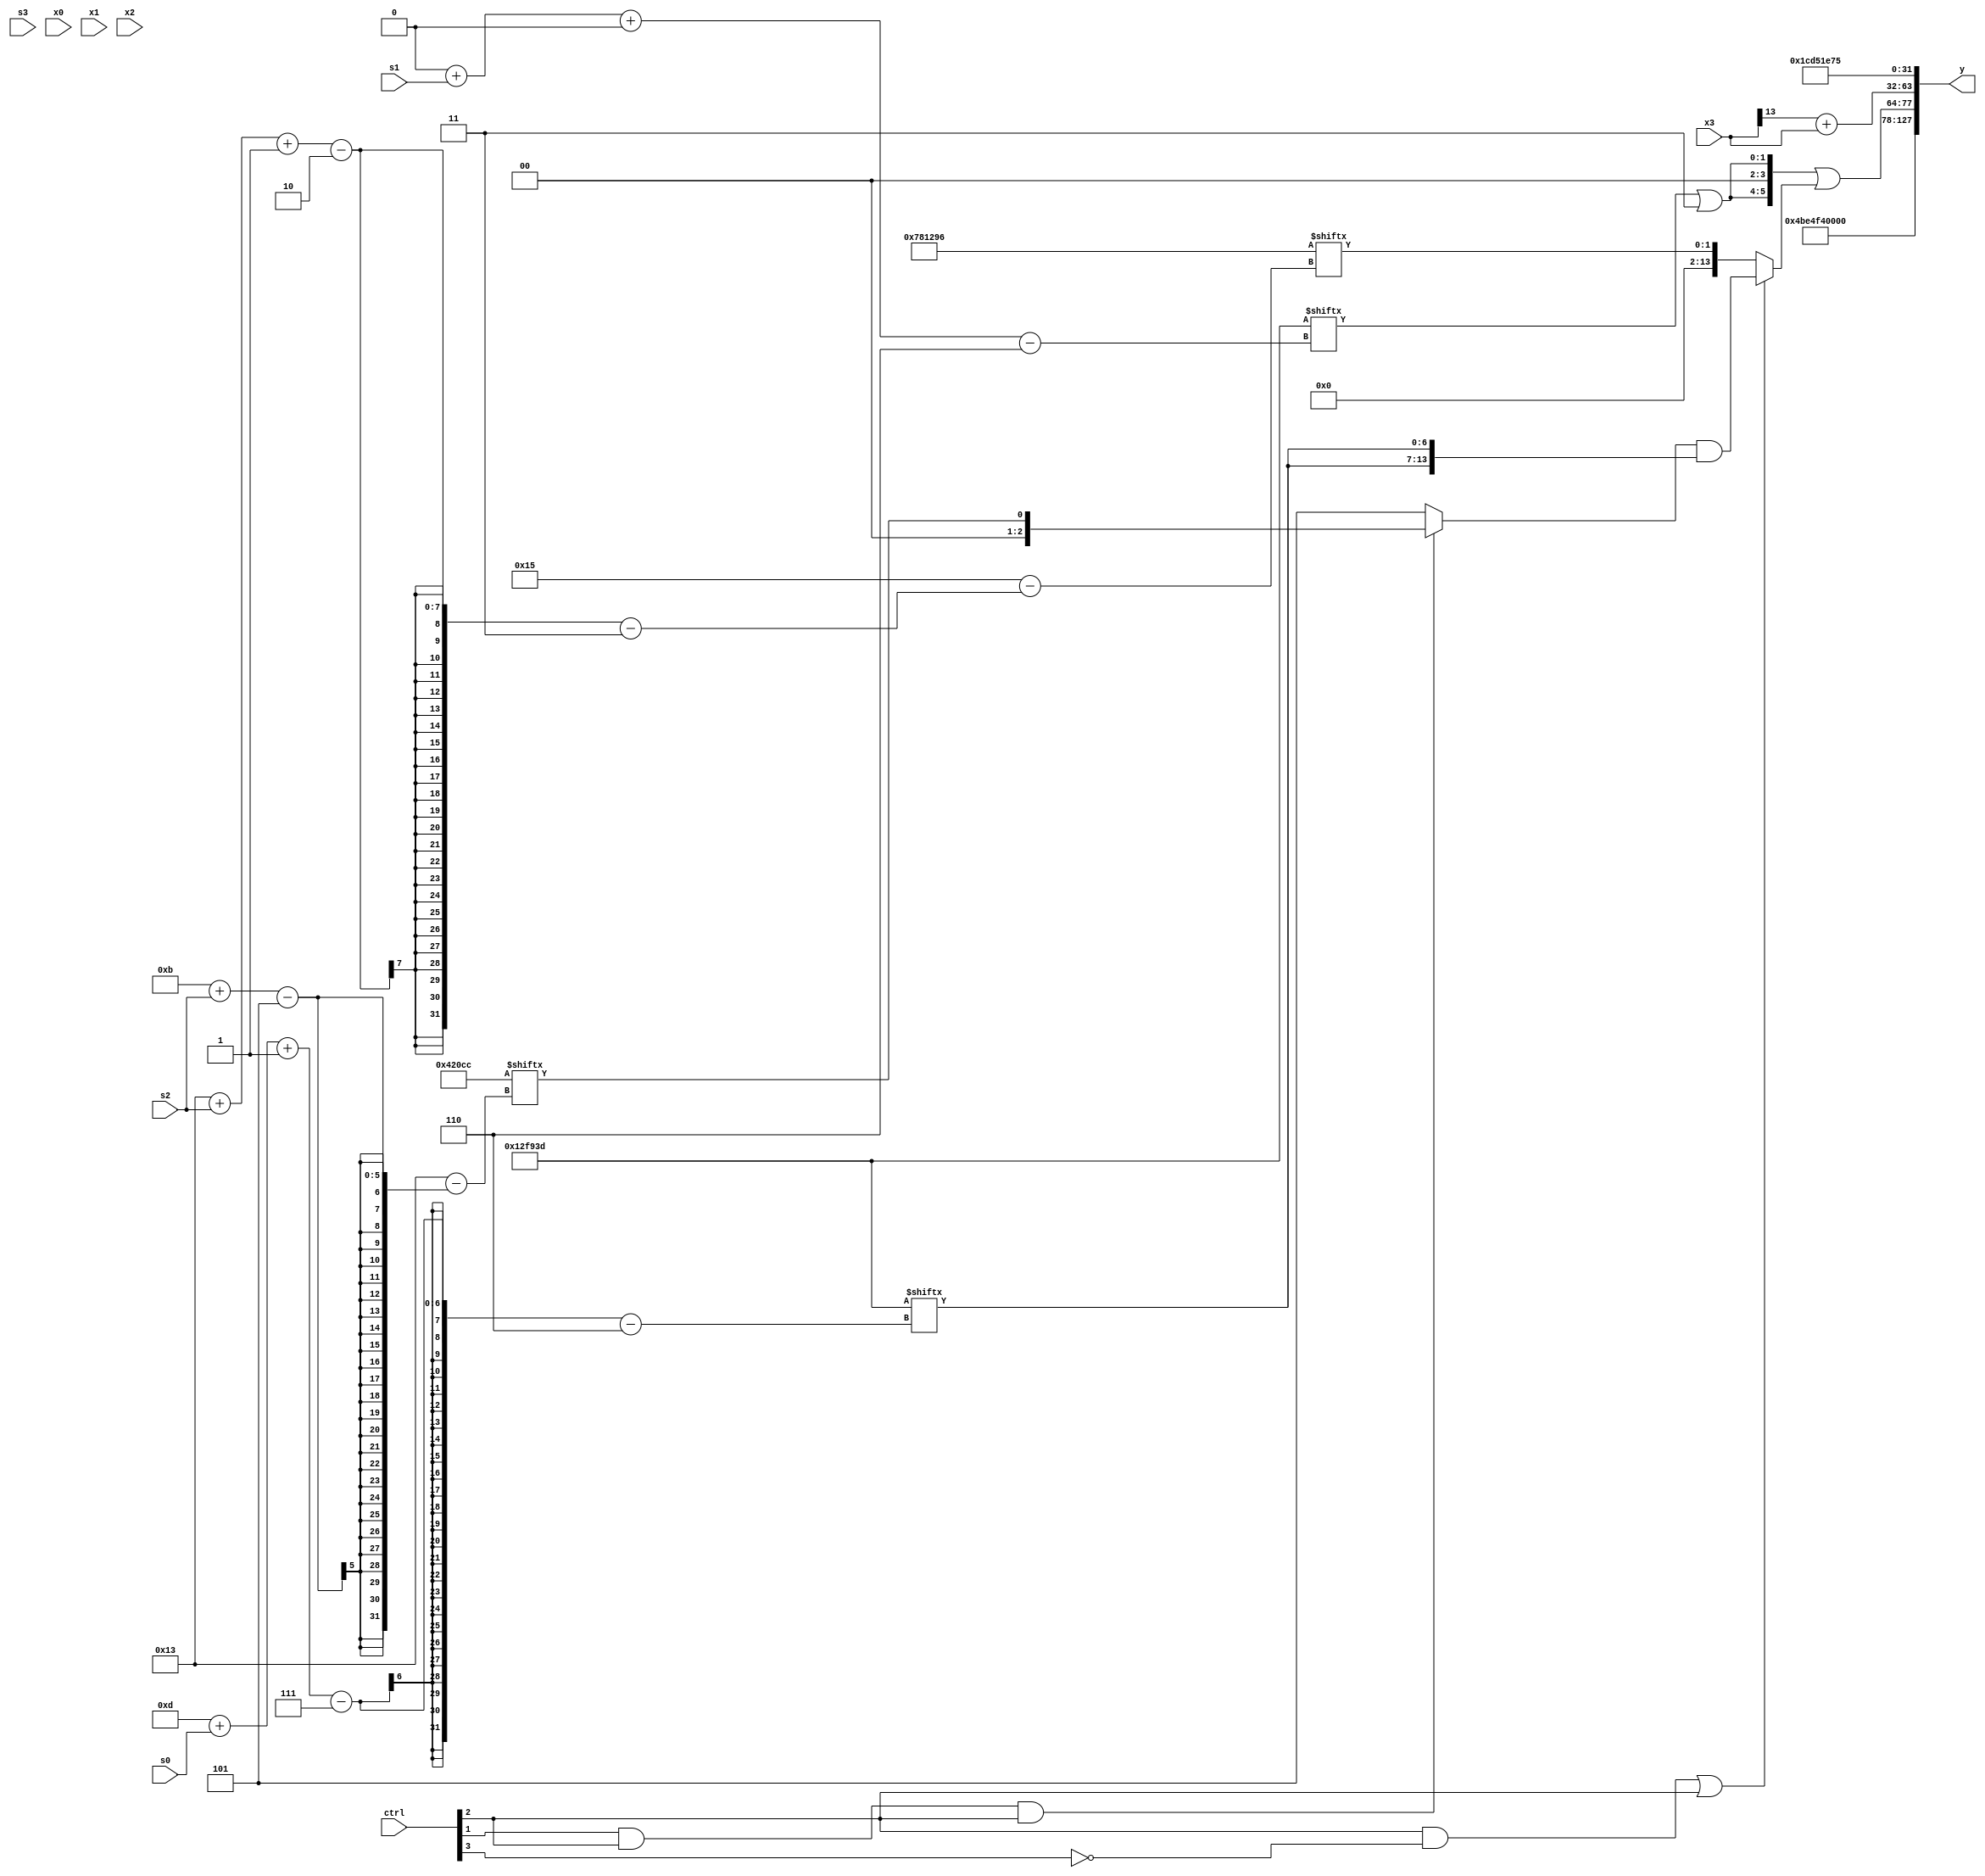
module partsel_00355(ctrl, s0, s1, s2, s3, x0, x1, x2, x3, y);
  input [3:0] ctrl;
  input [2:0] s0;
  input [2:0] s1;
  input [2:0] s2;
  input [2:0] s3;
  input signed [31:0] x0;
  input signed [31:0] x1;
  input signed [31:0] x2;
  input signed [31:0] x3;
  wire signed [25:2] x4;
  wire [0:30] x5;
  wire [24:6] x6;
  wire signed [31:1] x7;
  wire [0:25] x8;
  wire signed [27:7] x9;
  wire signed [6:29] x10;
  wire signed [2:30] x11;
  wire [28:7] x12;
  wire signed [7:30] x13;
  wire signed [24:4] x14;
  wire [2:24] x15;
  output [127:0] y;
  wire signed [31:0] y0;
  wire signed [31:0] y1;
  wire [31:0] y2;
  wire signed [31:0] y3;
  assign y = {y0,y1,y2,y3};
  localparam signed [5:24] p0 = 200548556;
  localparam [29:1] p1 = 483729013;
  localparam [3:25] p2 = 351802006;
  localparam [28:6] p3 = 420673853;
  assign x4 = ((!ctrl[3] && ctrl[1] || !ctrl[0] ? x2 : {2{((((p3[15 -: 3] ^ p1[21]) ^ p0[19 + s3]) ^ x3) & p0[17 -: 2])}}) + p1);
  assign x5 = (ctrl[2] && !ctrl[3] || ctrl[2] ? ((ctrl[1] && ctrl[2] && ctrl[2] ? p0[11 + s2] : {2{p2[18 -: 2]}}) & {2{p3[13 + s0 -: 7]}}) : p2[19 + s2 -: 2]);
  assign x6 = {2{{2{{2{x4[22 -: 4]}}}}}};
  assign x7 = x5[5 + s0 +: 2];
  assign x8 = x3[1 + s3 -: 1];
  assign x9 = (!ctrl[3] && ctrl[0] && ctrl[3] ? x8[6 + s2 -: 3] : {2{x0[19 +: 2]}});
  assign x10 = (x4[13 -: 3] | (p0[22 + s0 +: 1] ^ p2[9]));
  assign x11 = (ctrl[0] && !ctrl[1] || ctrl[2] ? x4 : (p0[12 +: 1] - p1[18 -: 1]));
  assign x12 = (!ctrl[2] && ctrl[0] || ctrl[0] ? p0[11 + s0 +: 8] : {({2{p0[5 + s1]}} + p2[16 +: 1]), (p0[12 + s0] ^ (p1 + {2{x2[18]}}))});
  assign x13 = {2{p0[9 + s2]}};
  assign x14 = x5[16];
  assign x15 = x3[13];
  assign y0 = p3;
  assign y1 = ({2{(p3[0 + s1 +: 1] | p0[15 +: 4])}} | x5);
  assign y2 = {(!ctrl[3] && !ctrl[3] || !ctrl[3] ? x10[21 -: 1] : x10[12]), (x15 + x3)};
  assign y3 = p1;
endmodule